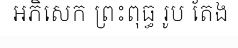
អភិសេក ព្រះពុធ្ធ រូប តែង